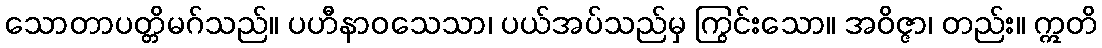
သောတာပတ္တိမဂ်သည်။ ပဟီနာဝသေသာ၊ ပယ်အပ်သည်မှ ကြွင်းသော။ အဝိဇ္ဇာ၊ တည်း။ ဣတိ